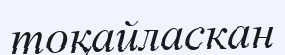
тоқайласкан